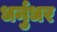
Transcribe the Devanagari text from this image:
धर्नुधर